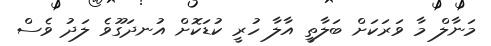
މަނާލް މާ ވަރަކަށް ބަލާތީ އާލާ ހުރީ ކުޑަކޮށް އުނދަގޫވެ ލަދު ވެސް